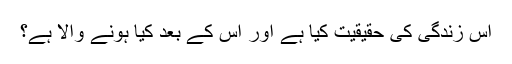
اس زندگی کی حقیقیت کیا ہے اور اس کے بعد کیا ہونے والا ہے؟